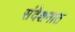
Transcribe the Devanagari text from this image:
संदेशनात